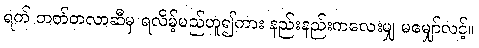
ရက် ဘတ်တလာဆီမှ ရလိမ့်မည်ဟူ၍ကား နည်းနည်းကလေးမျှ မမျှော်လင့်။